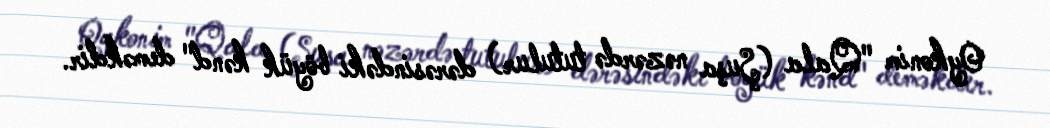
Oykonim "Qala (Şuşa nəzərdə tutulur) dərəsindəki böyük kənd" deməkdir.